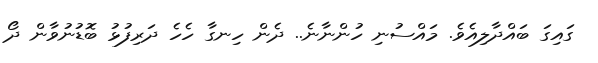
ގައިގަ ބައްދާލިއެވެ. މައްސުނި ހުންނާނެ.. ދެން ހިނގާ ހެހެ ދަރިފުޅު ބޮޑުނުވާން ދޯ